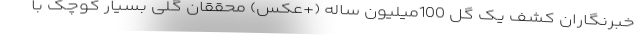
خبرنگاران کشف یک گل 100میلیون ساله (+عکس) محققان گلی بسیار کوچک با